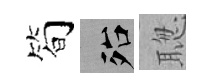
简殆聦